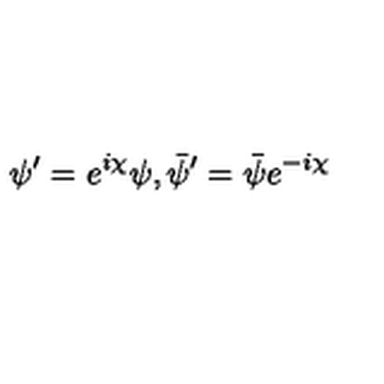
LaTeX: \psi ^ { \prime } = e ^ { i \chi } \psi , \bar { \psi } ^ { \prime } = \bar { \psi } e ^ { - i \chi }